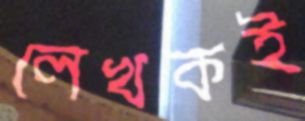
লেখকই